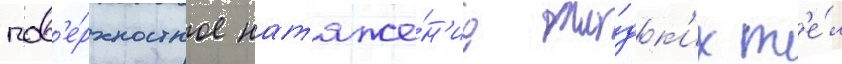
пов'е́рхностное нат'яже́н'ие жи́дк'их т'е́л